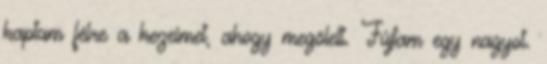
kaptam félre a kezeimet, ahogy megölelt. Fújtam egy nagyot.